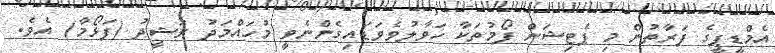
އެމްޑީޕީގެ ފަރާތުން މި ޕެޓިޝަން ފޯމުތަކާ ހަވާލުވެވަޑައިގެންނެވީ މުހައްމަދު ރަޝީދު (ފަޅޯމާ) އެވެ.